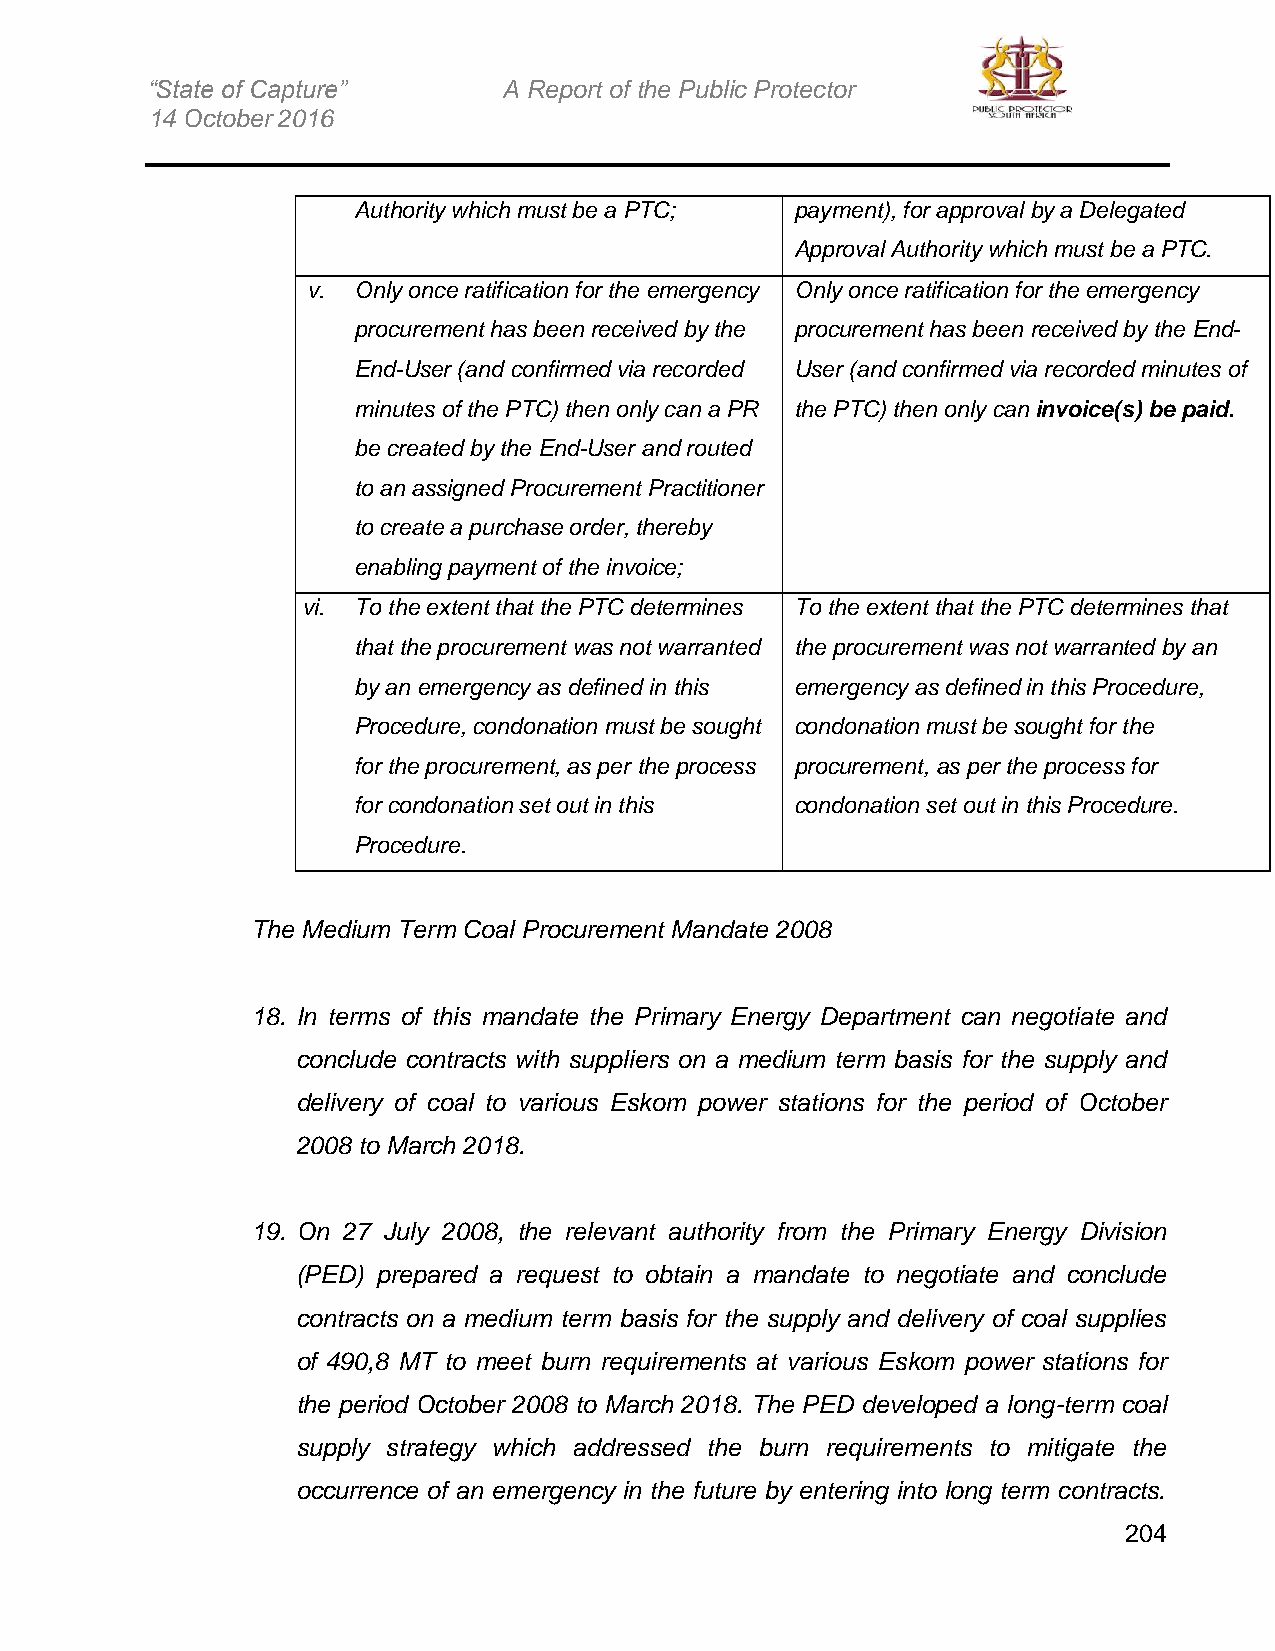
“State of Capture”     A Report of the Public Protector
 14 October 2016
 Authority which must be a PTC; payment), for approval by a Delegated
 Approval Authority which must be a PTC.
 v. Only once ratification for the emergency Only once ratification for the emergency
 procurement has been received by the procurement has been received by the End-
 End-User (and confirmed via recorded User (and confirmed via recorded minutes of
 minutes of the PTC) then only can a PR the PTC) then only can invoice(s) be paid.
 be created by the End-User and routed
 to an assigned Procurement Practitioner
 to create a purchase order, thereby
 enabling payment of the invoice;
 vi. To the extent that the PTC determines To the extent that the PTC determines that
 that the procurement was not warranted the procurement was not warranted by an
 by an emergency as defined in this emergency as defined in this Procedure,
 Procedure, condonation must be sought condonation must be sought for the
 for the procurement, as per the process procurement, as per the process for
 for condonation set out in this condonation set out in this Procedure.
 Procedure.
 The Medium Term Coal Procurement Mandate 2008
 18. In terms of this mandate the Primary Energy Department can negotiate and
 conclude contracts with suppliers on a medium term basis for the supply and
 delivery of coal to various Eskom power stations for the period of October
 2008 to March 2018.
 19. On 27 July 2008, the relevant authority from the Primary Energy Division
 (PED) prepared a request to obtain a mandate to negotiate and conclude
 contracts on a medium term basis for the supply and delivery of coal supplies
 of 490,8 MT to meet burn requirements at various Eskom power stations for
 the period October 2008 to March 2018. The PED developed a long-term coal
 supply strategy which addressed the burn requirements to mitigate the
 occurrence of an emergency in the future by entering into long term contracts.
 204